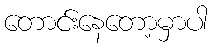
တောင်းနေတော့မှာပါ